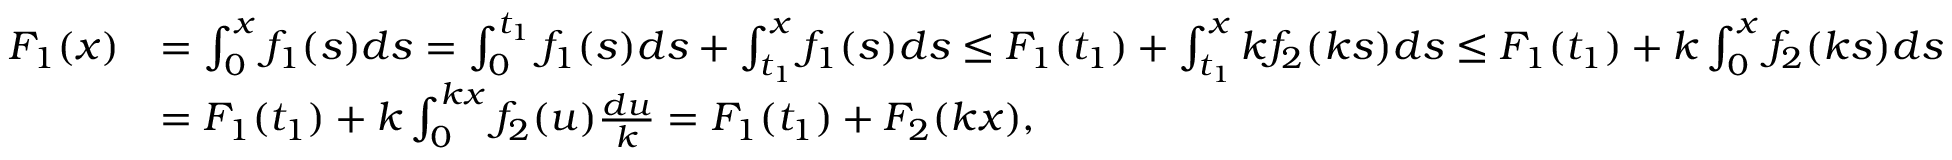
\begin{array} { r l } { F _ { 1 } ( x ) } & { = \int _ { 0 } ^ { x } f _ { 1 } ( s ) d s = \int _ { 0 } ^ { t _ { 1 } } f _ { 1 } ( s ) d s + \int _ { t _ { 1 } } ^ { x } f _ { 1 } ( s ) d s \le F _ { 1 } ( t _ { 1 } ) + \int _ { t _ { 1 } } ^ { x } k f _ { 2 } ( k s ) d s \le F _ { 1 } ( t _ { 1 } ) + k \int _ { 0 } ^ { x } f _ { 2 } ( k s ) d s } \\ & { = F _ { 1 } ( t _ { 1 } ) + k \int _ { 0 } ^ { k x } f _ { 2 } ( u ) \frac { d u } { k } = F _ { 1 } ( t _ { 1 } ) + F _ { 2 } ( k x ) , } \end{array}